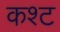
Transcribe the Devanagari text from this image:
कश्ट